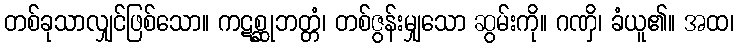
တစ်ခုသာလျှင်ဖြစ်သော။ ကဋစ္ဆုဘတ္တံ၊ တစ်ဇွန်းမျှသော ဆွမ်းကို။ ဂဏှိ၊ ခံယူ၏။ အထ၊